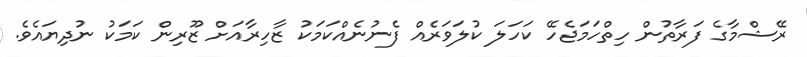
ރޭޝްމާގެ ފަރާތުން ހިތްހަމަޖެހޭ ކަހަލަ ކުލަވަރެއް ފެނުނެއްކަމަކު ޒާހިރާއަށް ޒޫރިން ކަމަކު ނުދިޔައެވެ.